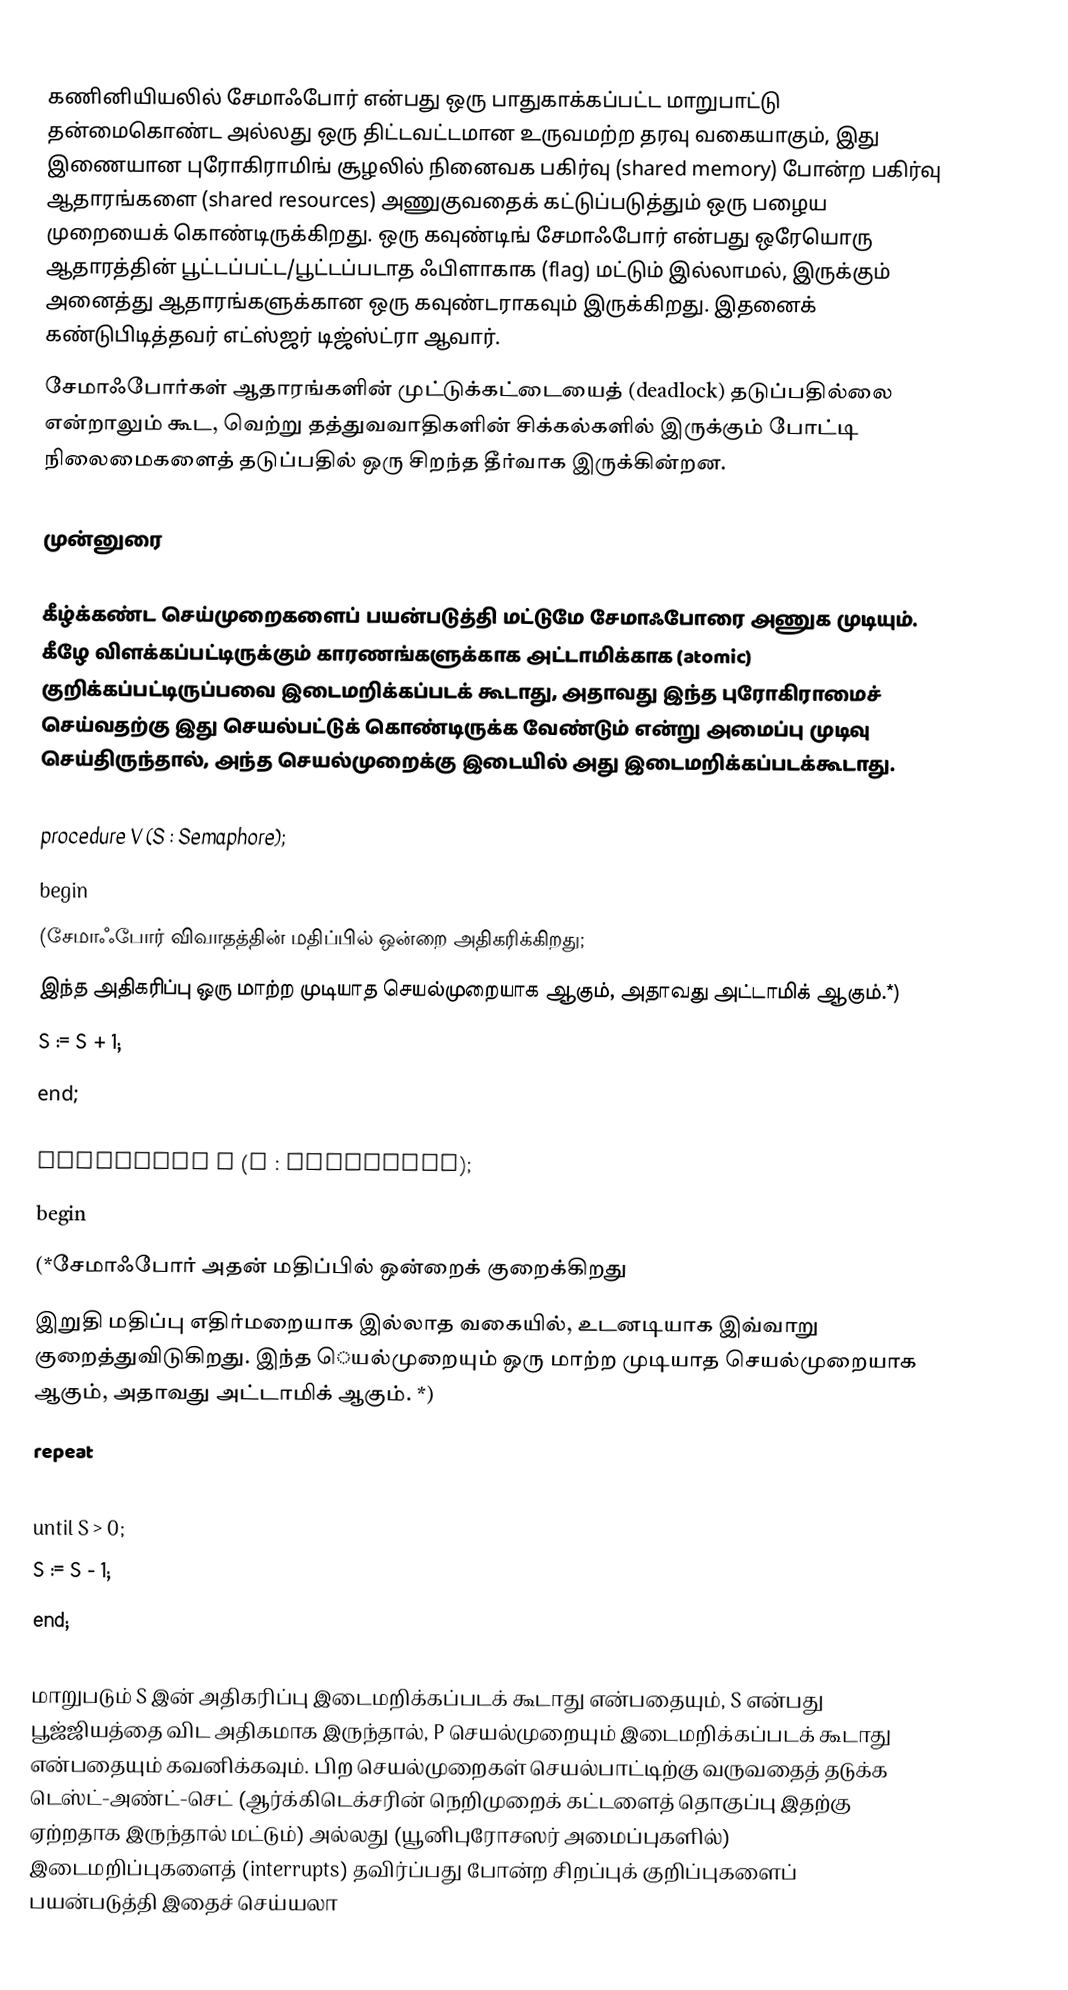
கணினியியலில் சேமாஃபோர் என்பது ஒரு பாதுகாக்கப்பட்ட மாறுபாட்டு தன்மைகொண்ட அல்லது ஒரு திட்டவட்டமான உருவமற்ற தரவு வகையாகும், இது இணையான புரோகிராமிங் சூழலில் நினைவக பகிர்வு (shared memory) போன்ற பகிர்வு ஆதாரங்களை (shared resources) அணுகுவதைக் கட்டுப்படுத்தும் ஒரு பழைய முறையைக் கொண்டிருக்கிறது. ஒரு கவுண்டிங் சேமாஃபோர் என்பது ஒரேயொரு ஆதாரத்தின் பூட்டப்பட்ட/பூட்டப்படாத ஃபிளாகாக (flag) மட்டும் இல்லாமல், இருக்கும் அனைத்து ஆதாரங்களுக்கான ஒரு கவுண்டராகவும் இருக்கிறது. இதனைக் கண்டுபிடித்தவர் எட்ஸ்ஜர் டிஜ்ஸ்ட்ரா ஆவார்.
சேமாஃபோர்கள் ஆதாரங்களின் முட்டுக்கட்டையைத் (deadlock) தடுப்பதில்லை என்றாலும் கூட, வெற்று தத்துவவாதிகளின் சிக்கல்களில் இருக்கும் போட்டி நிலைமைகளைத் தடுப்பதில் ஒரு சிறந்த தீர்வாக இருக்கின்றன.

முன்னுரை

கீழ்க்கண்ட செய்முறைகளைப் பயன்படுத்தி மட்டுமே சேமாஃபோரை அணுக முடியும். கீழே விளக்கப்பட்டிருக்கும் காரணங்களுக்காக அட்டாமிக்காக (atomic) குறிக்கப்பட்டிருப்பவை இடைமறிக்கப்படக் கூடாது, அதாவது இந்த புரோகிராமைச் செய்வதற்கு இது செயல்பட்டுக் கொண்டிருக்க வேண்டும் என்று அமைப்பு முடிவு செய்திருந்தால், அந்த செயல்முறைக்கு இடையில் அது இடைமறிக்கப்படக்கூடாது.

 procedure V (S : Semaphore);
 begin
 (சேமாஃபோர் விவாதத்தின் மதிப்பில் ஒன்றை அதிகரிக்கிறது;
 இந்த அதிகரிப்பு ஒரு மாற்ற முடியாத செயல்முறையாக ஆகும், அதாவது அட்டாமிக் ஆகும்.*)
 S := S + 1;
 end;

 procedure P (S : Semaphore);
 begin
 (*சேமாஃபோர் அதன் மதிப்பில் ஒன்றைக் குறைக்கிறது
 இறுதி மதிப்பு எதிர்மறையாக இல்லாத வகையில், உடனடியாக இவ்வாறு குறைத்துவிடுகிறது. இந்த ெயல்முறையும் ஒரு மாற்ற முடியாத செயல்முறையாக ஆகும், அதாவது அட்டாமிக் ஆகும். *)
 repeat
 Wait();
 until S > 0;
 S := S - 1;
 end;

மாறுபடும் S இன் அதிகரிப்பு இடைமறிக்கப்படக் கூடாது என்பதையும், S என்பது பூஜ்ஜியத்தை விட அதிகமாக இருந்தால், P செயல்முறையும் இடைமறிக்கப்படக் கூடாது என்பதையும் கவனிக்கவும். பிற செயல்முறைகள் செயல்பாட்டிற்கு வருவதைத் தடுக்க டெஸ்ட்-அண்ட்-செட் (ஆர்க்கிடெக்சரின் நெறிமுறைக் கட்டளைத் தொகுப்பு இதற்கு ஏற்றதாக இருந்தால் மட்டும்) அல்லது (யூனிபுரோசஸர் அமைப்புகளில்) இடைமறிப்புகளைத் (interrupts) தவிர்ப்பது போன்ற சிறப்புக் குறிப்புகளைப் பயன்படுத்தி இதைச் செய்யலா